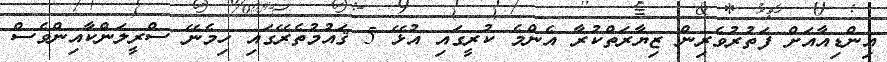
އިންޑިއާއަށް ފަތުރުވެރިން ޒިޔާރަތްކުރާ އެންމެ ކުރީގައި އުޅޭ 5 ޤައުމުތެރޭގައި ހިމެނޭ ސްރީލަންކާއިންވެސް